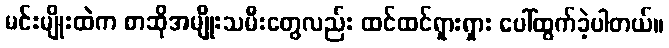
မင်းမျိုးထဲက စာဆိုအမျိုးသမီးတွေလည်း ထင်ထင်ရှားရှား ပေါ်ထွက်ခဲ့ပါတယ်။